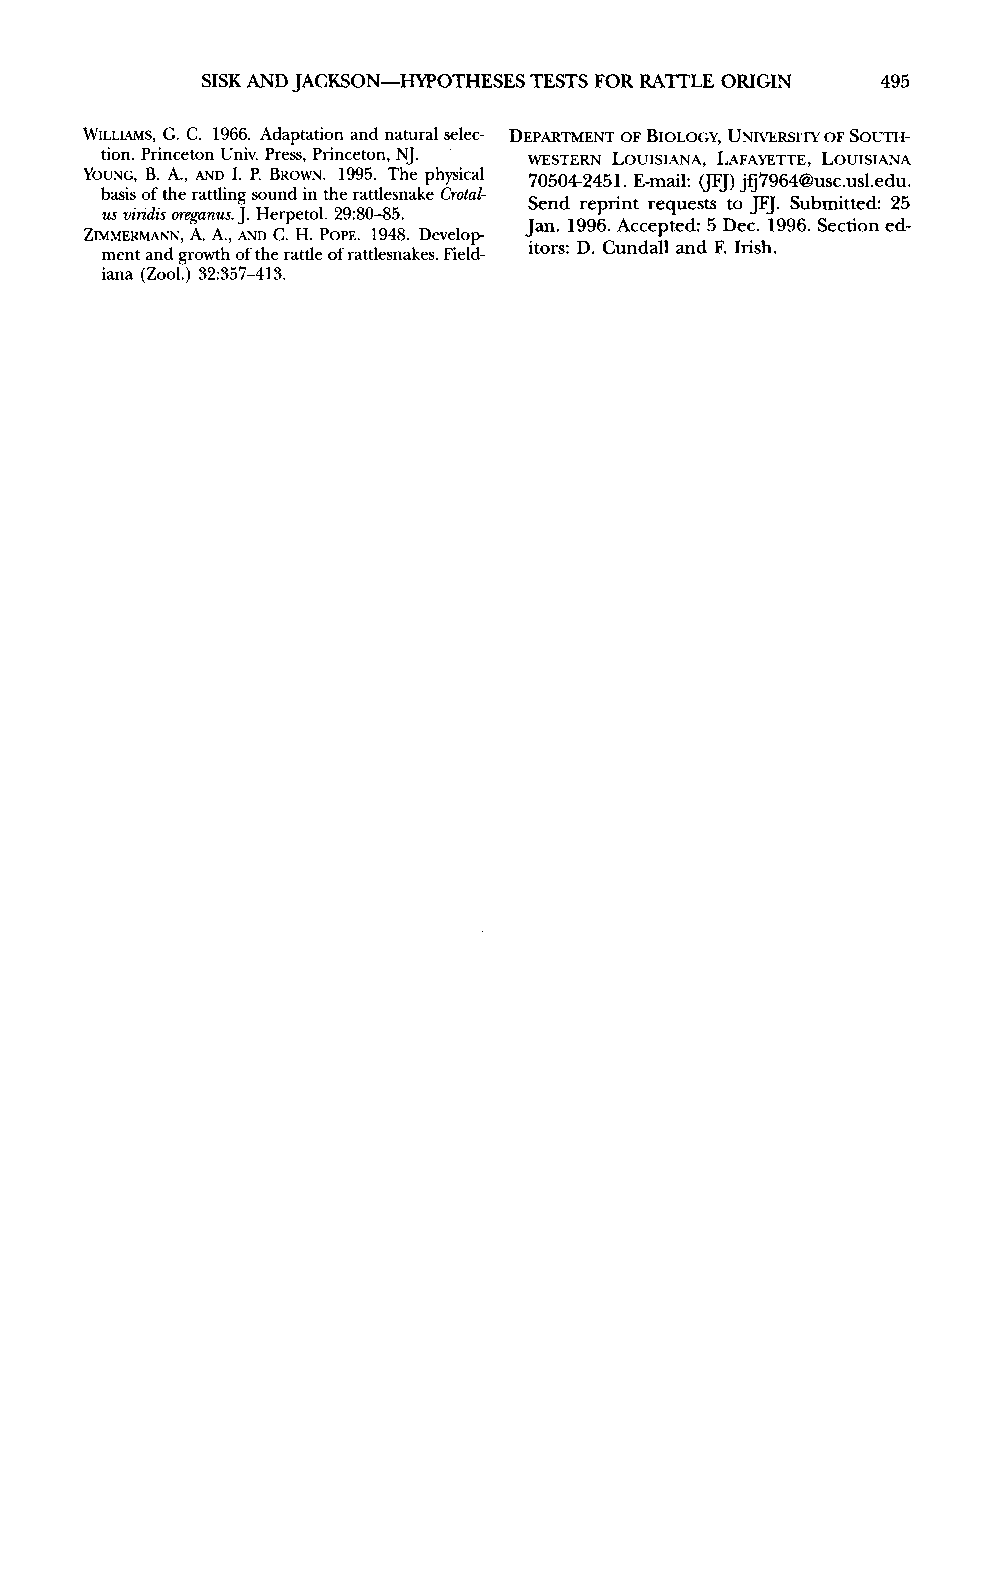
SISK AND JACKSON-HYPOTHESES TESTS FOR RATTLE ORIGIN 495
 WILLIAMS, G. C. 1966. Adaptation and natural selec- DEPARTMENT OF BIOLOGY, UNIVERSITY OF SOUTH-
 tion. Princeton Univ. Press, Princeton, NJ. WESTERN LOUISIANA, LAFAYETTE, LOUISIANA
 YOUNG, B. A., AND I. P. BROWN. 1995. The physical 70504-2451. E-mail: (JFJ) jfj7964@usc.usl.edu.
 basis of the rattling sound in the rattlesnake Crotal-
 Send reprint requests to JFJ. Submitted: 25
 us viridis oreganus. J. Herpetol. 29:80-85.
 Jan. 1996. Accepted: 5 Dec. 1996. Section ed-
 ZIMMERMANN, A. A., AND C. H. POPE. 1948. Develop-
 itors: D. Cundall and F. Irish.
 ment and growth of the rattle of rattlesnakes. Field-
 iana (Zool.) 32:357-413.